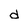
Character: d